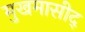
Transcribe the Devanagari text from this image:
मुखमासीद्